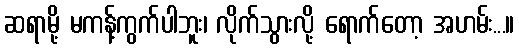
ဆရာမို့ မကန့်ကွက်ပါဘူး၊ လိုက်သွားလို့ ရောက်တော့ အဟမ်း...။